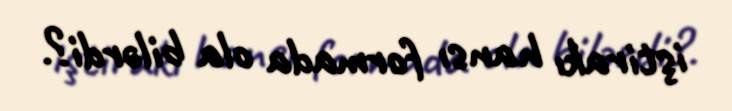
iştirakı hansı formada ola bilərdi?.